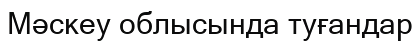
Мәскеу облысында туғандар